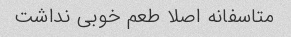
متاسفانه اصلا طعم خوبی نداشت